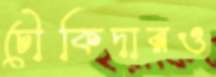
চৌকিদারও